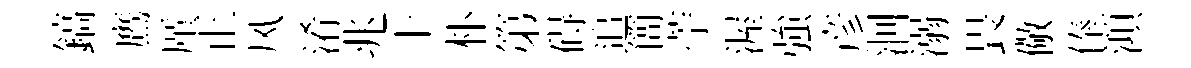
鎬鷹厪正风淆兆十朴第碍追簡苧渥強彦洄溺畏儆俸澒